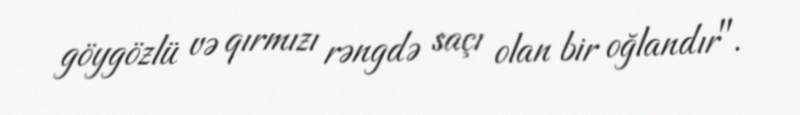
göygözlü və qırmızı rəngdə saçı olan bir oğlandır".